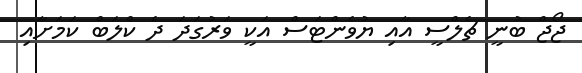
ޖޯޖް ބުނީ ޗެލްސީ އާއި ޔުވެންޓަސް އަކީ ވަރުގަދަ ދެ ކްލަބް ކަމަށާއި